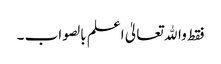
فقط واﷲ تعالیٰ اعلم بالصواب ۔